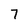
Character: 7